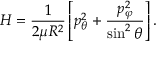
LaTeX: H = { \frac { 1 } { 2 \mu R ^ { 2 } } } \left[ p _ { \theta } ^ { 2 } + { \frac { p _ { \varphi } ^ { 2 } } { \sin ^ { 2 } \theta } } \right] .